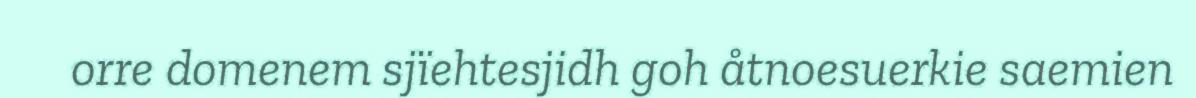
orre domenem sjïehtesjidh goh åtnoesuerkie saemien